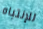
للإنتباه